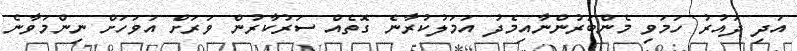
އަދި ދައުރު ހަމަވި މެންބަރުންނާއިމެދު އަމަލުކުރާނެ ގޮތެއް ސަރުކާރުން ވަރަށް އަވަހަށް ނިންމަވާނެ